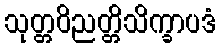
သုတ္တဝိညတ္တိသိက္ခာပဒံ